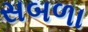
સબળા